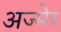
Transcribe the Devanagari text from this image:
अज्मेर